Assam Mental Hospital (Tezpur, India) - 1933-1948
Year: 1933
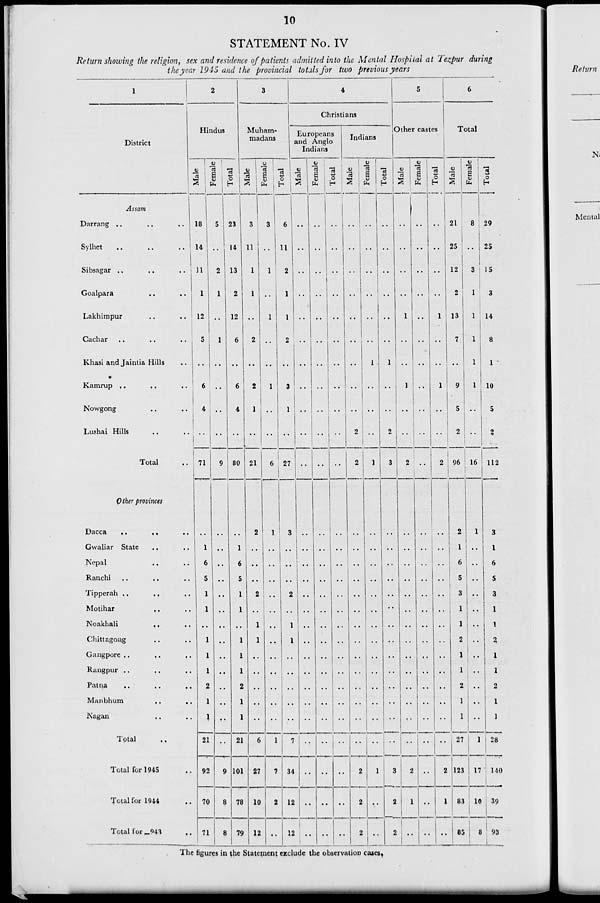
10
STATEMENT No. IV
Return showing the religion, sex and residence of patients admitted into the Mental Hospital at Tezpur during
the year 1945 and the provincial totals for two previous years
1
District
Assam
Darrang
..
..
..
Sylhet
..
..
..
Sibsagar ..
..
..
Goalpara .. ..
Lakhimpur .. ..
Cachar .. .. ..
Khasi and Jaintia Hills ..
Kamrup
..
..
..
Nowgong .. ..
Lushai Hills .. ..
Total ..
Other provinces
Dacca
.. .. ..
Gwaliar State .. ..
Nepal
..
..
Ranchi .. .. ..
Tipperah .. .. ..
Motihar
..
..
Noakhali
..
..
Chittagong .. .. ..
Gangpore ..
.. ..
Rangpur .. .. ..
Patna .. .. ..
Manbhum
..
..
Nagan
..
..
Total ..
Total for 1945 ..
Total for 1944 ..
Total for 1943 ..
2
Hindus
Male
18
14
11
1
12
5
..
6
4
..
71
..
1
6
5
1
1
..
1
1
1
2
1
1
21
92
70
71
Female
5
..
2
1
..
1
..
..
..
..
9
..
..
..
..
..
..
..
..
..
..
..
..
..
..
9
8
8
Total
23
14
13
2
12
6
..
6
4
..
80
..
1
6
5
1
1
..
1
1
1
2
1
1
21
101
78
79
3
Muham-
madans
Male
3
11
1
1
..
2
..
2
1
..
21
2
..
..
..
2
..
1
1
..
..
..
..
..
6
27
10
12
Female
3
..
1
..
1
..
..
1
..
..
6
1
..
..
..
..
..
..
..
..
..
..
..
..
1
7
2
..
Total
6
11
2
1
1
2
..
3
1
..
27
3
..
..
..
2
..
1
1
..
..
..
..
..
7
34
12
12
4
Christians
Europeans
and Anglo
Indians
Male
..
..
..
..
..
..
..
..
..
..
..
..
..
..
..
..
..
..
..
..
..
..
..
..
..
..
..
..
Female
..
..
..
..
..
..
..
..
..
..
..
..
..
..
..
..
..
..
..
..
..
..
..
..
..
..
..
..
Total
..
..
..
..
..
..
..
..
..
..
..
..
..
..
..
..
..
..
..
..
..
..
..
..
..
..
..
..
Indians
Male
..
..
..
..
..
..
..
..
..
2
2
..
..
..
..
..
..
..
..
..
..
..
..
..
..
2
2
2
Female
..
..
..
..
..
..
1
..
..
..
1
..
..
..
..
..
..
..
..
..
..
..
..
..
..
1
..
..
Total
..
..
..
..
..
..
1
..
..
2
3
..
..
..
..
..
..
..
..
..
..
..
..
..
..
3
2
2
5
Other castes
Male
..
..
..
..
1
..
..
1
..
..
2
..
..
..
..
..
..
..
..
..
..
..
..
..
..
2
1
..
Female
..
..
..
..
..
..
..
..
..
..
..
..
..
..
..
..
..
..
..
..
..
..
..
..
..
..
..
..
Total
..
..
..
..
1
..
..
1
..
..
2
..
..
..
..
..
..
..
..
..
..
..
..
..
..
2
1
..
6
Total
Male
21
25
12
2
13
7
..
9
5
2
96
2
1
6
5
3
1
1
2
1
1
2
1
1
27
123
83
85
Female
8
..
3
1
1
1
1
1
..
..
16
1
..
..
..
..
..
..
..
..
..
..
..
..
1
17
10
8
Total
29
25
15
3
14
8
1
10
5
2
112
3
1
6
5
3
1
1
2
1
1
2
1
1
28
140
93
93
The figures in the Statement exclude the observation cases.